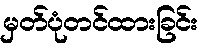
မှတ်ပုံတင်ထားခြင်း